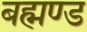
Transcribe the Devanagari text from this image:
बह्मण्ड